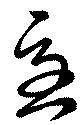
急